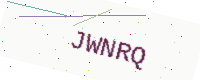
Text: JWNRQ